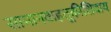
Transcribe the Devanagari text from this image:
सामानवाहतूकीशिवाय